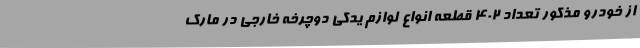
از خودرو مذکور تعداد 402 قطعه انواع لوازم یدکی دوچرخه خارجی در مارک